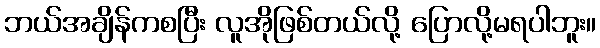
ဘယ်အချိန်ကစပြီး လူအိုဖြစ်တယ်လို့ ပြောလို့မရပါဘူး။